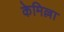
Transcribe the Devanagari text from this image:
केमिल्ला